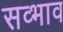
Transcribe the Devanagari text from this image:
सव्भाव